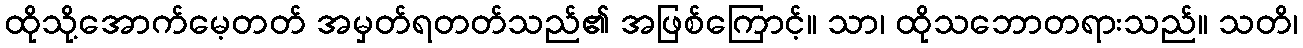
ထိုသို့အောက်မေ့တတ် အမှတ်ရတတ်သည်၏ အဖြစ်ကြောင့်။ သာ၊ ထိုသဘောတရားသည်။ သတိ၊